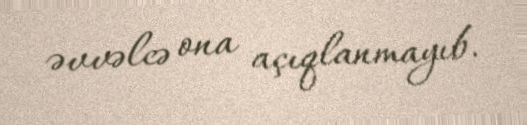
əvvəlcə ona açıqlanmayıb.